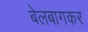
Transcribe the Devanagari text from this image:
बेलबागकर